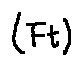
( F t )